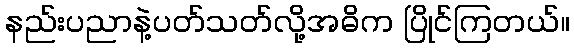
နည်းပညာနဲ့ပတ်သတ်လို့အဓိက ပြိုင်ကြတယ်။